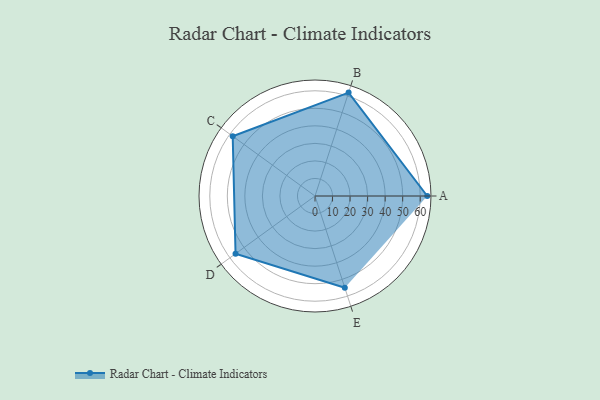
{"axis": {"x": "Skill", "y": "Score"}, "legend": ["Profile"], "data": [{"x": "A", "y": 64.0, "type": "Profile"}, {"x": "B", "y": 62.0, "type": "Profile"}, {"x": "C", "y": 58.0, "type": "Profile"}, {"x": "D", "y": 56.0, "type": "Profile"}, {"x": "E", "y": 55.0, "type": "Profile"}]}